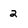
Character: 2